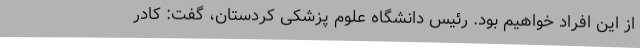
از این افراد خواهیم بود. رئیس دانشگاه علوم پزشکی کردستان، گفت: کادر